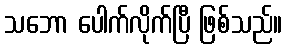
သဘော ပေါက်လိုက်ပြီ ဖြစ်သည်။